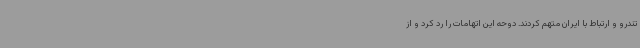
تندرو و ارتباط با ایران متهم کردند. دوحه این اتهامات را رد کرد و از